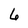
Character: 6